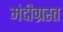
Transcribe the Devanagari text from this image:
मंदीग्रस्त